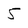
Character: 5